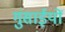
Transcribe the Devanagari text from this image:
गुंसाईयों